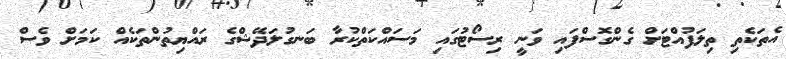
އެތަކެތި ތިލަފުއްޓަށް ގެންގޮސްފައި ވަނީ ރިސޯޓުގައި މަސައްކަތްކުރާ ބަނގުލަދޭޝްގެ ރައްޔިތުންތަކެއް ކަމަށް ވެސް